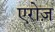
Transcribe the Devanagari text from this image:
एरोज़